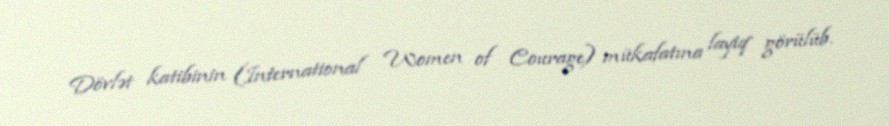
Dövlət katibinin (International Women of Courage) mükafatına layiq görülüb.